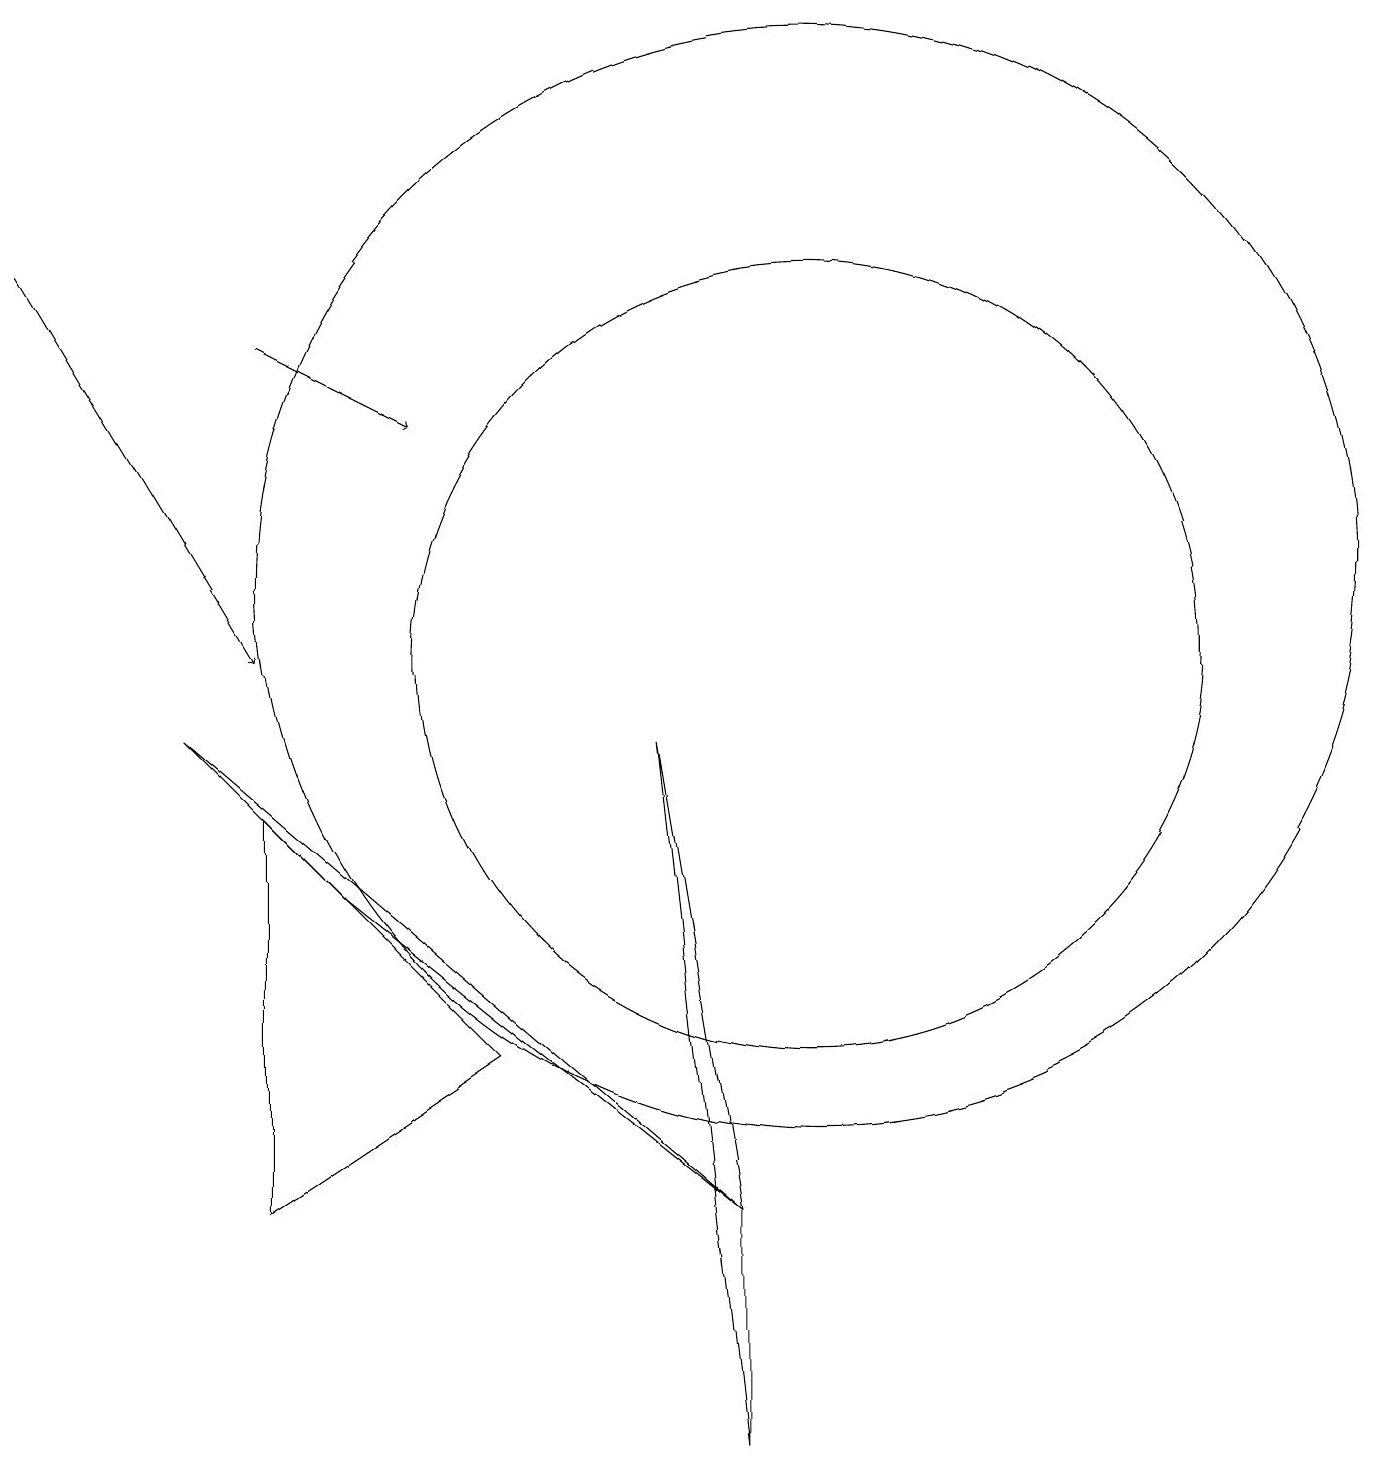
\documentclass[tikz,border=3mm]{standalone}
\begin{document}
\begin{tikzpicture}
\draw[->] (3,14) -- (5,13);
\draw (10,10) circle (5);
\draw (9,0) -- (8,9) -- (9,3) -- cycle;
\draw[->] (0,15) -- (3,10);
\draw (3,3) -- (6,5) -- (3,8) -- cycle;
\draw (4,7) -- (9,3) -- (2,9) -- cycle;
\draw (10,11) circle (7);
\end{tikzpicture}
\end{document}